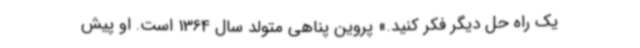
یک راه حل دیگر فکر کنید.» پروین پناهی متولد سال 1364 است. او پیش‌